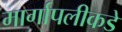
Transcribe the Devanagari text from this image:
मार्गापलीकडे